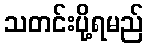
သတင်းပို့ရမည်